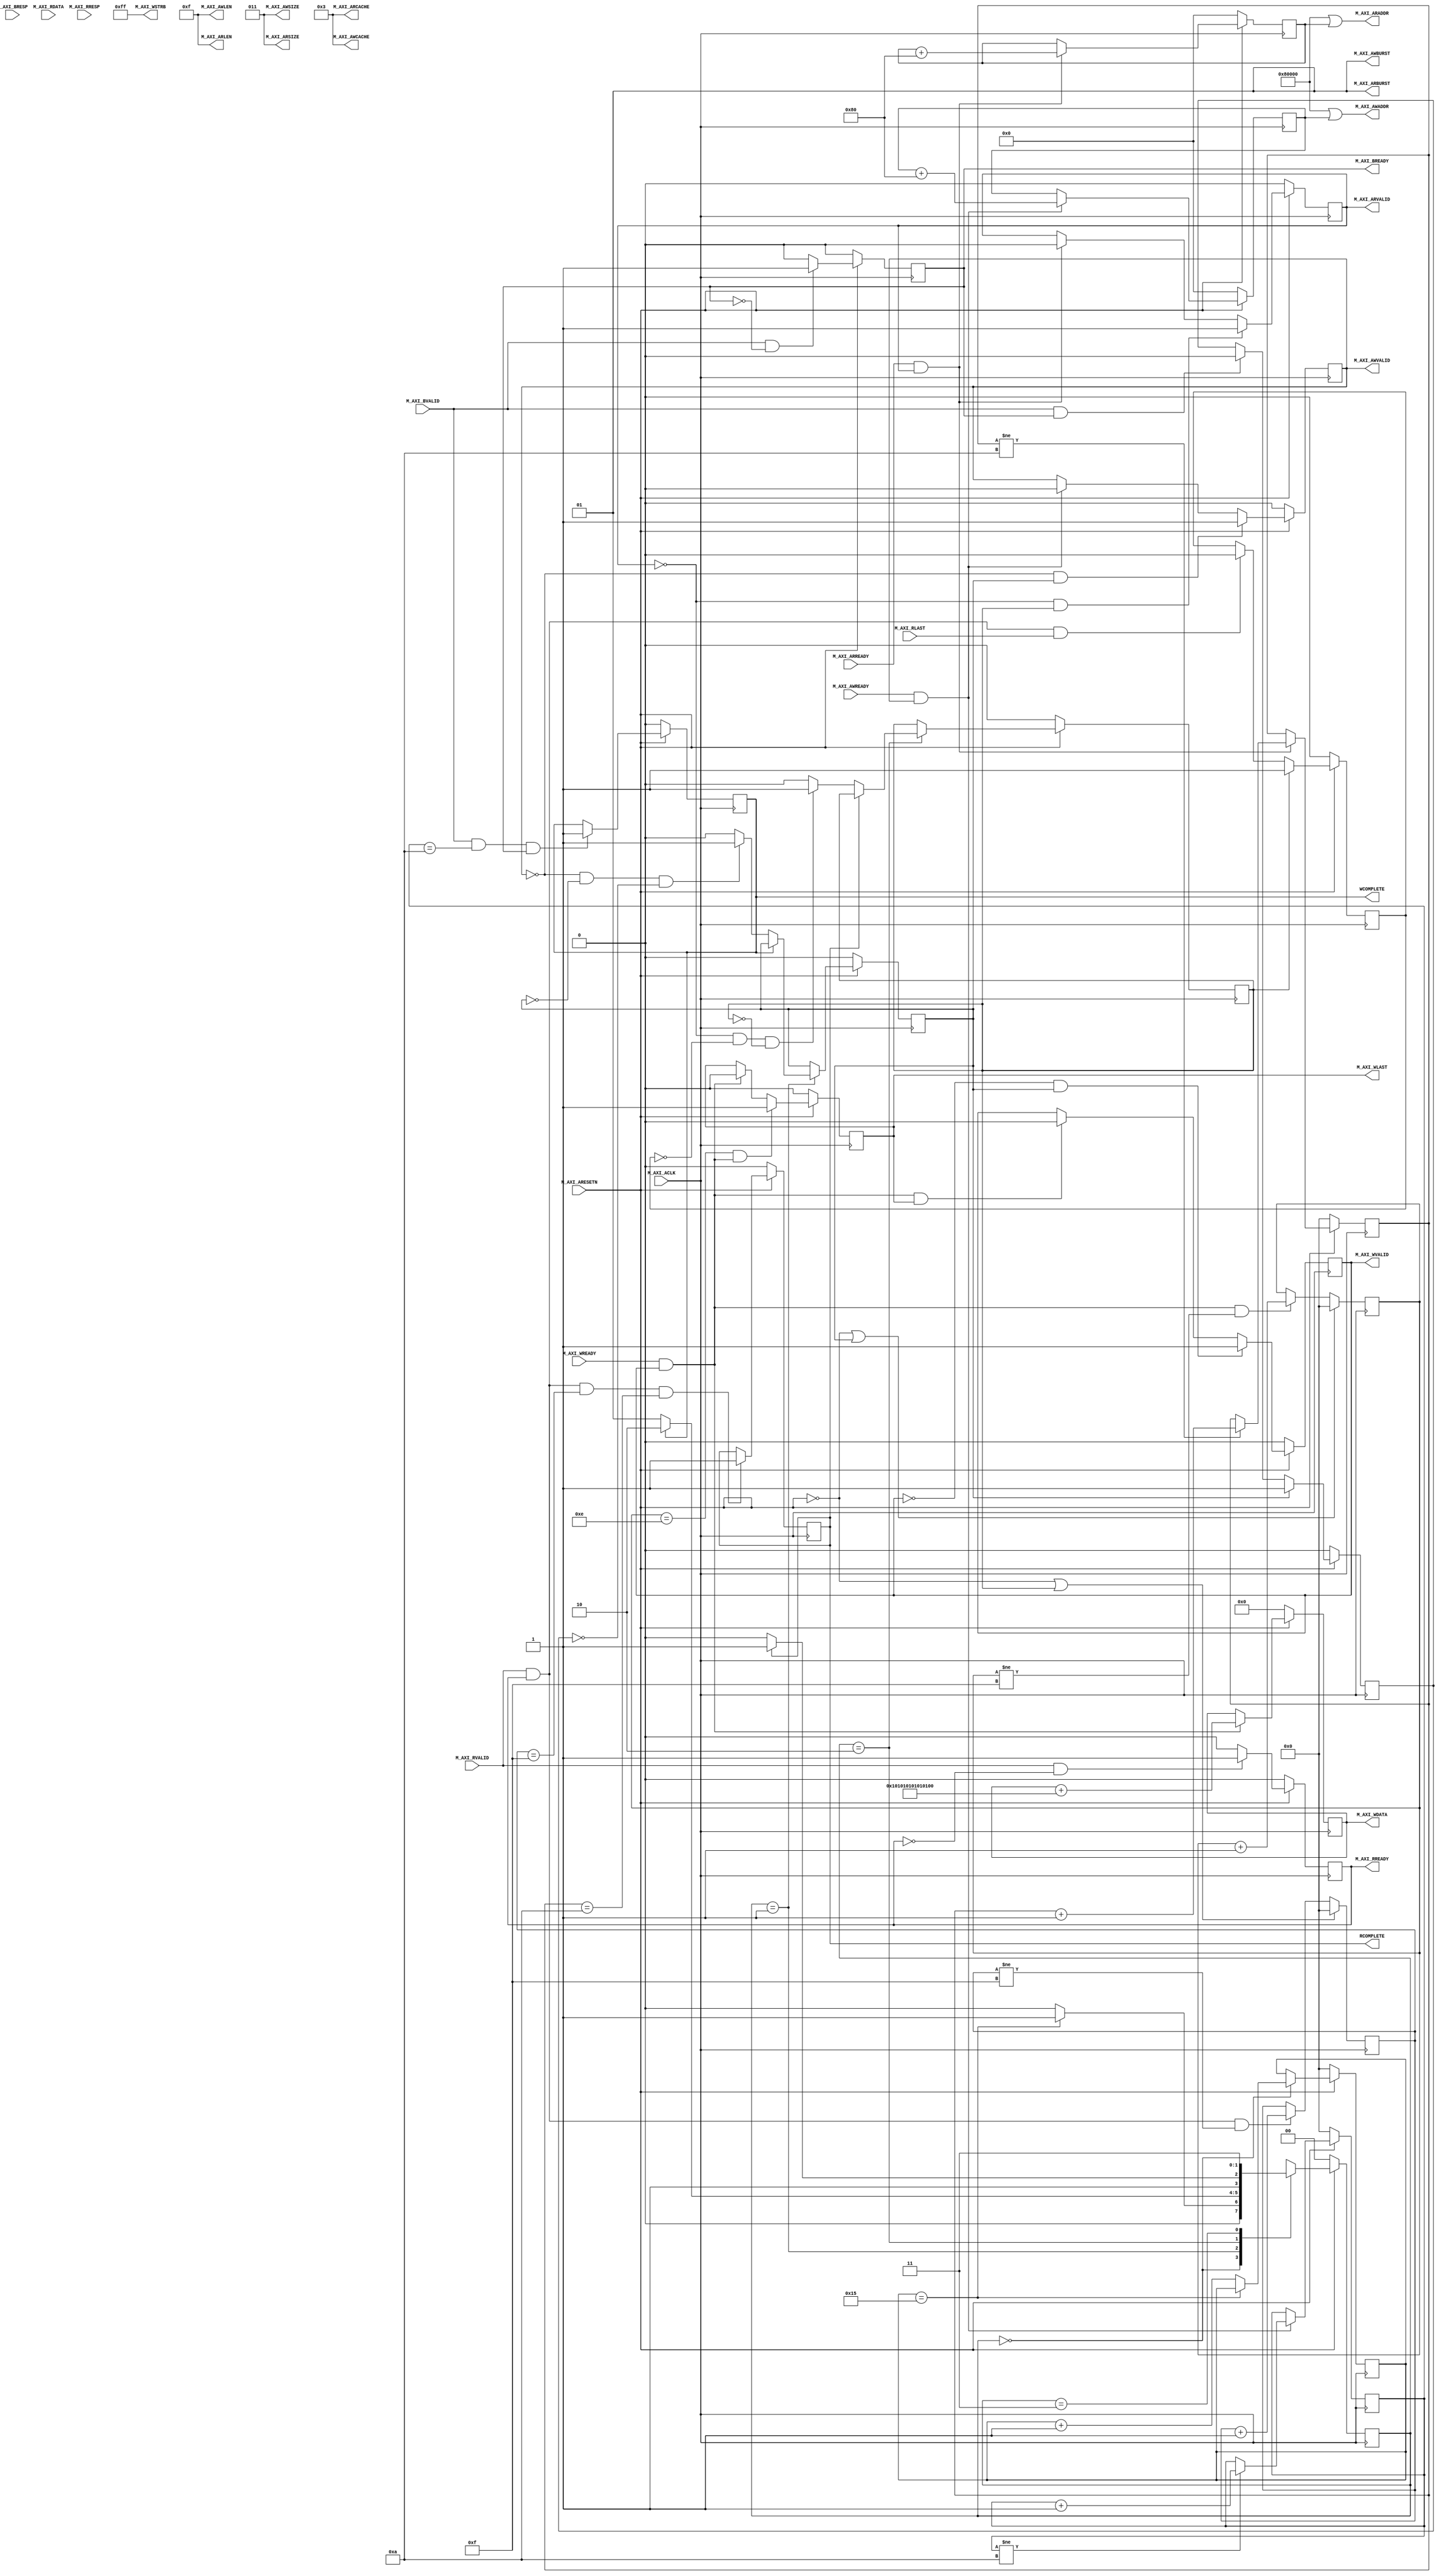
////////////////////////////////////////////////////////////////////////////
//-- (c) Copyright 2012 - 2013 Xilinx, Inc. All rights reserved.
//--
//-- This file contains confidential and proprietary information
//-- of Xilinx, Inc. and is protected under U.S. and
//-- international copyright and other intellectual property
//-- laws.
//--
//-- DISCLAIMER
//-- This disclaimer is not a license and does not grant any
//-- rights to the materials distributed herewith. Except as
//-- otherwise provided in a valid license issued to you by
//-- Xilinx, and to the maximum extent permitted by applicable
//-- law: (1) THESE MATERIALS ARE MADE AVAILABLE "AS IS" AND
//-- WITH ALL FAULTS, AND XILINX HEREBY DISCLAIMS ALL WARRANTIES
//-- AND CONDITIONS, EXPRESS, IMPLIED, OR STATUTORY, INCLUDING
//-- BUT NOT LIMITED TO WARRANTIES OF MERCHANTABILITY, NON-
//-- INFRINGEMENT, OR FITNESS FOR ANY PARTICULAR PURPOSE; and
//-- (2) Xilinx shall not be liable (whether in contract or tort,
//-- including negligence, or under any other theory of
//-- liability) for any loss or damage of any kind or nature
//-- related to, arising under or in connection with these
//-- materials, including for any direct, or any indirect,
//-- special, incidental, or consequential loss or damage
//-- (including loss of data, profits, goodwill, or any type of
//-- loss or damage suffered as a result of any action brought
//-- by a third party) even if such damage or loss was
//-- reasonably foreseeable or Xilinx had been advised of the
//-- possibility of the same.
//--
//-- CRITICAL APPLICATIONS
//-- Xilinx products are not designed or intended to be fail-
//-- safe, or for use in any application requiring fail-safe
//-- performance, such as life-support or safety devices or
//-- systems, Class III medical devices, nuclear facilities,
//-- applications related to the deployment of airbags, or any
//-- other applications that could lead to death, personal
//-- injury, or severe property or environmental damage
//-- (individually and collectively, "Critical
//-- Applications"). Customer assumes the sole risk and
//-- liability of any use of Xilinx products in Critical
//-- Applications, subject only to applicable laws and
//-- regulations governing limitations on product liability.
//--
//-- THIS COPYRIGHT NOTICE AND DISCLAIMER MUST BE RETAINED AS
//-- PART OF THIS FILE AT ALL TIMES.
////////////////////////////////////////////////////////////////////////////
//
// AXI4 Master Example
//
// The purpose of this design is to provide a high-throughput AXI4 example
// and AXI4 throughput demonstration.
//
// The example user application performs a simple memory
// test through continuous burst writes to memory, followed by burst
// reads.
//
// To modify this example for other applications, edit/remove the logic
// associated with the 'Example' section comments. For clarity, most
// transfer qualifiers are left as constants, but can be easily added
// to their associated channels.
//
////////////////////////////////////////////////////////////////////////////
`timescale 1ns/1ps

`define C_M_AXI_ADDR_WIDTH 40

module axi_master #(
  ////////////////////////////////////////////////////////////////////////////
  // Transaction number is the number of write and read transactions the master
  // will perform as a part of this example memory test.
  parameter integer C_TRANSACTIONS_NUM        = 10,

  ////////////////////////////////////////////////////////////////////////////
  // Supports 1, 2, 4, 8, 16, 32, 64, 128, 256 burst lengths
  parameter integer  C_BURST_LEN        = 16,
  parameter integer  C_M_AXI_DATA_WIDTH       = 64
) (
  ////////////////////////////////////////////////////////////////////////////
  // Asserts when write transactions are complete
  output wire WCOMPLETE,
  ////////////////////////////////////////////////////////////////////////////
  // Asserts when read transactions are complete
  output wire RCOMPLETE,
  ////////////////////////////////////////////////////////////////////////////
  // System Signals
  input wire M_AXI_ACLK,
  input wire M_AXI_ARESETN,

  ////////////////////////////////////////////////////////////////////////////
  // Master Interface Write Address
  output wire [`C_M_AXI_ADDR_WIDTH-1:0]      M_AXI_AWADDR,
  output wire [7:0] M_AXI_AWLEN,
  output wire [2:0] M_AXI_AWSIZE,
  output wire [1:0] M_AXI_AWBURST,
  output wire [3:0] M_AXI_AWCACHE,

  output wire M_AXI_AWVALID,
  input  wire M_AXI_AWREADY,

  ////////////////////////////////////////////////////////////////////////////
  // Master Interface Write Data
  output wire [C_M_AXI_DATA_WIDTH-1:0]      M_AXI_WDATA,
  output wire [C_M_AXI_DATA_WIDTH/8-1:0]    M_AXI_WSTRB,
  output wire M_AXI_WLAST,
  output wire M_AXI_WVALID,
  input  wire M_AXI_WREADY,

  ////////////////////////////////////////////////////////////////////////////
  // Master Interface Write Response
  input  wire [1:0] M_AXI_BRESP,
  input  wire M_AXI_BVALID,
  output wire M_AXI_BREADY,

  ////////////////////////////////////////////////////////////////////////////
  // Master Interface Read Address
  output wire [`C_M_AXI_ADDR_WIDTH-1:0]      M_AXI_ARADDR,
  output wire [7:0] M_AXI_ARLEN,
  output wire [2:0] M_AXI_ARSIZE,
  output wire [1:0] M_AXI_ARBURST,
  output wire [3:0] M_AXI_ARCACHE,

  output wire M_AXI_ARVALID,
  input  wire M_AXI_ARREADY,

  ////////////////////////////////////////////////////////////////////////////
  // Master Interface Read Data
  input  wire [C_M_AXI_DATA_WIDTH-1:0]      M_AXI_RDATA,
  input  wire [1:0] M_AXI_RRESP,
  input  wire M_AXI_RLAST,
  input  wire M_AXI_RVALID,
  output wire M_AXI_RREADY
);

////////////////////////////////////////////////////////////////////////////
// Base address of targeted slave
localparam  LP_TARGET_SLAVE_BASE_ADDR = `C_M_AXI_ADDR_WIDTH'h80000;

////////////////////////////////////////////////////////////////////////////
// Master waits for LP_START_COUNT number of clock cycles
// before initiating a write transaction
localparam integer  LP_START_COUNT            = 22;

////////////////////////////////////////////////////////////////////////////
// AXI4 internal temp signals
reg [`C_M_AXI_ADDR_WIDTH-1:0] axi_awaddr;
reg axi_awvalid;
reg [C_M_AXI_DATA_WIDTH-1:0] axi_wdata;
reg axi_wlast;
reg axi_wvalid;
reg axi_bready;
reg [`C_M_AXI_ADDR_WIDTH-1:0] axi_araddr;
reg axi_arvalid;
reg axi_rready;

////////////////////////////////////////////////////////////////////////////
// function called clogb2 that returns an integer which has the
// value of the ceiling of the log base 2.
function integer clogb2 (input integer bd);
integer bit_depth;
begin
  bit_depth = bd;
  for(clogb2=0; bit_depth>0; clogb2=clogb2+1)
    bit_depth = bit_depth >> 1;
  end
endfunction

////////////////////////////////////////////////////////////////////////////
// Example user application signals
localparam integer LP_WAIT_COUNT_BITS = clogb2(LP_START_COUNT-1);
reg  [LP_WAIT_COUNT_BITS-1:0] wait_counter;

localparam integer LP_BEAT_NUM = clogb2(C_BURST_LEN-1);
////////////////////////////////////////////////////////////////////////////
// write beat count in a burst
reg [LP_BEAT_NUM:0] write_index;
////////////////////////////////////////////////////////////////////////////
// read beat count in a burst
reg [LP_BEAT_NUM:0] read_index;

////////////////////////////////////////////////////////////////////////////
// total number of burst transfers is master length divided by burst length and burst size
localparam integer LP_NUMBER_BURSTS_REQ = clogb2(C_TRANSACTIONS_NUM);

////////////////////////////////////////////////////////////////////////////
// The burst counters are used to track the number of burst transfers of
// C_BURST_LEN burst length needed to transfer 2^C_M_AXI_MASTER_LENGTH bytes of data
reg  [LP_NUMBER_BURSTS_REQ : 0] write_burst_counter;
reg  [LP_NUMBER_BURSTS_REQ : 0] read_burst_counter;

reg start_single_burst_write;
reg start_single_burst_read;
(* mark_debug = "true" *)   reg writes_done;
(* mark_debug = "true" *)   reg reads_done;
(* mark_debug = "true" *)   reg error_reg;
(* mark_debug = "true" *)   reg compare_done;
(* mark_debug = "true" *)   reg read_mismatch;
reg burst_write_active;
reg burst_read_active;

reg [C_M_AXI_DATA_WIDTH-1:0] expected_rdata;

////////////////////////////////////////////////////////////////////////////
// Interface response error flags
wire write_resp_error;
wire read_resp_error;

wire wnext;
wire rnext;

////////////////////////////////////////////////////////////////////////////
// Example State machine to initialize counter, initialize write transactions,
// initialize read transactions and comparison of read data with the
// written data words.
localparam  [1:0] INIT_COUNTER = 2'b00, // This state initializes the counter, ones
                                        // the counter reaches LP_START_COUNT count,
                                        // the state machine changes state to INIT_WRITE
                  INIT_WRITE  = 2'b01,  // This state initializes write transaction,
                                        // once writes are done, the state machine
                                        // changes state to INIT_READ
                  INIT_READ  = 2'b10,   // This state initializes read transaction
                                        // once reads are done, the state machine
                                        // changes state to INIT_COMPARE
                  INIT_COMPARE = 2'b11; // This state issues the status of comparison
                                        // of the written data with the read data
reg [1:0] mst_exec_state;

////////////////////////////////////////////////////////////////////////////
//I/O Connections
////////////////////////////////////////////////////////////////////////////
//Write Address (AW)

////////////////////////////////////////////////////////////////////////////
// The AXI address is a concatenation of the target base address + active offset range
assign M_AXI_AWADDR = LP_TARGET_SLAVE_BASE_ADDR | axi_awaddr;

////////////////////////////////////////////////////////////////////////////
//Burst LENgth is number of transaction beats, minus 1
assign M_AXI_AWLEN = C_BURST_LEN - 1;

////////////////////////////////////////////////////////////////////////////
// Size should be C_M_AXI_DATA_WIDTH, in 2^SIZE bytes, otherwise narrow bursts are used
assign M_AXI_AWSIZE = clogb2((C_M_AXI_DATA_WIDTH/8)-1);

////////////////////////////////////////////////////////////////////////////
// INCR burst type is usually used, except for keyhole bursts
assign M_AXI_AWBURST = 2'b01;
assign M_AXI_AWCACHE = 4'b0011;
assign M_AXI_AWVALID = axi_awvalid;

////////////////////////////////////////////////////////////////////////////
//Write Data(W)
assign M_AXI_WDATA = axi_wdata;

////////////////////////////////////////////////////////////////////////////
//All bursts are complete and aligned in this example
assign M_AXI_WSTRB = {(C_M_AXI_DATA_WIDTH/8){1'b1}};
assign M_AXI_WLAST = axi_wlast;
assign M_AXI_WVALID = axi_wvalid;

////////////////////////////////////////////////////////////////////////////
//Write Response (B)
assign M_AXI_BREADY = axi_bready;

////////////////////////////////////////////////////////////////////////////
//Read Address (AR)
assign M_AXI_ARADDR = LP_TARGET_SLAVE_BASE_ADDR | axi_araddr;

////////////////////////////////////////////////////////////////////////////
//Burst LENgth is number of transaction beats, minus 1
assign M_AXI_ARLEN = C_BURST_LEN - 1;

////////////////////////////////////////////////////////////////////////////
// Size should be C_M_AXI_DATA_WIDTH, in 2^n bytes, otherwise narrow bursts are used
assign M_AXI_ARSIZE = clogb2((C_M_AXI_DATA_WIDTH/8)-1);

////////////////////////////////////////////////////////////////////////////
// INCR burst type is usually used, except for keyhole bursts
assign M_AXI_ARBURST = 2'b01;
assign M_AXI_ARCACHE = 4'b0011;
assign M_AXI_ARVALID = axi_arvalid;

////////////////////////////////////////////////////////////////////////////
//Read and Read Response (R)
assign M_AXI_RREADY = axi_rready;

////////////////////////////////////////////////////////////////////////////
//Example design I/O
assign DATA_MATCH = compare_done;

////////////////////////////////////////////////////////////////////////////
//Write Address Channel
//
// The purpose of the write address channel is to request the address and
// command information for the entire transaction.  It is a single beat
// of data for each burst.
//
// The AXI4 Write address channel in this example will continue to initiate
// write commands as fast as it is allowed by the slave/interconnect.
  always @(posedge M_AXI_ACLK)
  begin

    if (M_AXI_ARESETN == 0 )
      begin
        axi_awvalid <= 1'b0;
      end
    // If previously not valid , start next transaction
    else if (~axi_awvalid && start_single_burst_write)
      begin
        axi_awvalid <= 1'b1;
      end
    /* Once asserted, VALIDs cannot be deasserted, so axi_awvalid
    must wait until transaction is accepted */
    else if (M_AXI_AWREADY && axi_awvalid)
      begin
        axi_awvalid <= 1'b0;
      end
    else
      axi_awvalid <= axi_awvalid;
    end


////////////////////////////////////////////////////////////////////////////
// Next address after AWREADY indicates previous address acceptance
  always @(posedge M_AXI_ACLK)
  begin
    if (M_AXI_ARESETN == 0)
      begin
        axi_awaddr <= 'b0;
      end
    else if (M_AXI_AWREADY && axi_awvalid)
      begin
        axi_awaddr <= axi_awaddr + (C_M_AXI_DATA_WIDTH/8) * C_BURST_LEN;
      end
    else
      axi_awaddr <= axi_awaddr;
    end

////////////////////////////////////////////////////////////////////////////
//Write Data Channel
//
// The write data will continually try to push write data across the interface.
//
// The amount of data accepted will depend on the AXI slave and the AXI
// Interconnect settings, such as if there are FIFOs enabled in interconnect.
//
// Note that there is no explicit timing relationship to the write address channel.
// The write channel has its own throttling flag, separate from the AW channel.
//
// Synchronization between the channels must be determined by the user.
//
// The simpliest but lowest performance would be to only issue one address write
// and write data burst at a time.
//
// In this example they are kept in sync by using the same address increment
// and burst sizes. Then the AW and W channels have their transactions measured
// with threshold counters as part of the user logic, to make sure neither
// channel gets too far ahead of each other.

////////////////////////////////////////////////////////////////////////////
// Forward movement occurs when the write channel is valid and ready
assign wnext = M_AXI_WREADY & axi_wvalid;

////////////////////////////////////////////////////////////////////////////
// WVALID logic, similar to the axi_awvalid always block above
  always @(posedge M_AXI_ACLK)
  begin
    if (M_AXI_ARESETN == 0 )
      begin
        axi_wvalid <= 1'b0;
      end
    // If previously not valid, start next transaction
    else if (~axi_wvalid && start_single_burst_write)
      begin
        axi_wvalid <= 1'b1;
      end
    ////////////////////////////////////////////////////////////////////////////
    // If WREADY and too many writes, throttle WVALID
    // Once asserted, VALIDs cannot be deasserted, so WVALID
    // must wait until burst is complete with WLAST
    else if (wnext && axi_wlast)
      axi_wvalid <= 1'b0;
    else
      axi_wvalid <= axi_wvalid;
  end


////////////////////////////////////////////////////////////////////////////
//WLAST generation on the MSB of a counter underflow
// WVALID logic, similar to the axi_awvalid always block above
  always @(posedge M_AXI_ACLK)
  begin
    if (M_AXI_ARESETN == 0 )
      begin
        axi_wlast <= 1'b0;
      end
    ////////////////////////////////////////////////////////////////////////////
    // axi_wlast is asserted when the write index
    // count reaches the penultimate count to synchronize
    // with the last write data when write_index is b1111
    // else if (&(write_index[LP_BEAT_NUM-1:1])&& ~write_index[0] && wnext)
    else if (((write_index == C_BURST_LEN-2 && C_BURST_LEN >= 2) && wnext) || (C_BURST_LEN == 1 ))
      begin
        axi_wlast <= 1'b1;
      end
    // Deassrt axi_wlast when the last write data has been
    // accepted by the slave with a valid response
    else if (wnext)
      axi_wlast <= 1'b0;
    else if (axi_wlast && C_BURST_LEN == 1)
      axi_wlast <= 1'b0;
    else
      axi_wlast <= axi_wlast;
  end

////////////////////////////////////////////////////////////////////////////
// Burst length counter. Uses extra counter register bit to indicate terminal
// count to reduce decode logic
  always @(posedge M_AXI_ACLK)
  begin
    if (M_AXI_ARESETN == 0 || start_single_burst_write)
      begin
        write_index <= 0;
      end
    else if (wnext && (write_index != C_BURST_LEN-1))
      begin
        write_index <= write_index + 1;
      end
    else
      write_index <= write_index;
  end

////////////////////////////////////////////////////////////////////////////
// Write Data Generator
// Data pattern is only a simple incrementing count from 0 for each burst
  always @(posedge M_AXI_ACLK)
  begin
    if (M_AXI_ARESETN == 0)
      axi_wdata <= 'b0;
    else if (wnext)
      axi_wdata <= axi_wdata + {(C_M_AXI_DATA_WIDTH/8){8'b01}};
    else
      axi_wdata <= axi_wdata;
    end

////////////////////////////////////////////////////////////////////////////
//Write Response (B) Channel
//
// The write response channel provides feedback that the write has committed
// to memory. BREADY will occur when all of the data and the write address
// has arrived and been accepted by the slave.
//
// The write issuance (number of outstanding write addresses) is started by
// the Address Write transfer, and is completed by a BREADY/BRESP.
//
// While negating BREADY will eventually throttle the AWREADY signal,
// it is best not to throttle the whole data channel this way.
//
// The BRESP bit [1] is used indicate any errors from the interconnect or
// slave for the entire write burst. This example will capture the error
// into the ERROR output.

  always @(posedge M_AXI_ACLK)
  begin
    if (M_AXI_ARESETN == 0 )
      begin
        axi_bready <= 1'b0;
      end
    // accept/acknowledge bresp with axi_bready by the master
    // when M_AXI_BVALID is asserted by slave
    else if (M_AXI_BVALID && ~axi_bready)
      begin
        axi_bready <= 1'b1;
      end
    // deassert after one clock cycle
    else if (axi_bready)
      begin
        axi_bready <= 1'b0;
      end
    // retain the previous value
    else
      axi_bready <= axi_bready;
  end


////////////////////////////////////////////////////////////////////////////
//Flag any write response errors
assign write_resp_error = axi_bready & M_AXI_BVALID & M_AXI_BRESP[1];

////////////////////////////////////////////////////////////////////////////
//Read Address Channel
//
// The Read Address Channel (AW) provides a similar function to the
// Write Address channel- to provide the tranfer qualifiers for the
// burst.
//
// In this example, the read address increments in the same
// manner as the write address channel.

  always @(posedge M_AXI_ACLK)
  begin

    if (M_AXI_ARESETN == 0 )
      begin
        axi_arvalid <= 1'b0;
      end
    // If previously not valid , start next transaction
    else if (~axi_arvalid && start_single_burst_read)
      begin
        axi_arvalid <= 1'b1;
      end
    else if (M_AXI_ARREADY && axi_arvalid)
      begin
        axi_arvalid <= 1'b0;
      end
    else
      axi_arvalid <= axi_arvalid;
  end


////////////////////////////////////////////////////////////////////////////
// Next address after ARREADY indicates previous address acceptance
  always @(posedge M_AXI_ACLK)
  begin
    if (M_AXI_ARESETN == 0)
      begin
        axi_araddr <= 'b0;
      end
    else if (M_AXI_ARREADY && axi_arvalid)
      begin
        axi_araddr <= axi_araddr + + (C_M_AXI_DATA_WIDTH/8) * C_BURST_LEN;
      end
    else
      axi_araddr <= axi_araddr;
  end


////////////////////////////////////////////////////////////////////////////
//Read Data (and Response) Channel

// Forward movement occurs when the channel is valid and ready
assign rnext = M_AXI_RVALID && axi_rready;

////////////////////////////////////////////////////////////////////////////
// Burst length counter. Uses extra counter register bit to indicate terminal
// count to reduce decode logic
  always @(posedge M_AXI_ACLK)
  begin
    if (M_AXI_ARESETN == 0 || start_single_burst_read)
      begin
        read_index <= 0;
      end
    else if (rnext && (read_index != C_BURST_LEN-1))
      begin
        read_index <= read_index + 1;
      end
    else
      read_index <= read_index;
  end


////////////////////////////////////////////////////////////////////////////
// The Read Data channel returns the results of the read request
//
// In this example the data checker is always able to accept
// more data, so no need to throttle the RREADY signal

  always @(posedge M_AXI_ACLK)
  begin
    if (M_AXI_ARESETN == 0 )
      begin
        axi_rready <= 1'b0;
      end
    // accept/acknowledge rdata/rresp with axi_rready by the master
    // when M_AXI_RVALID is asserted by slave
    else if (M_AXI_RVALID && ~axi_rready)
      begin
        axi_rready <= 1'b1;
      end
    // deassert after one clock cycle
    else if (axi_rready)
      begin
        axi_rready <= 1'b0;
      end
    // retain the previous value
  end

////////////////////////////////////////////////////////////////////////////
//Check received read data against data generator
  always @(posedge M_AXI_ACLK)
  begin
    if (M_AXI_ARESETN == 0)
      begin
        read_mismatch <= 1'b0;
      end
    //Only check data when RVALID is active
    else if (rnext && (M_AXI_RDATA != expected_rdata))
      begin
        read_mismatch <= 1'b1;
      end
    else
      read_mismatch <= 1'b0;
  end

////////////////////////////////////////////////////////////////////////////
//Flag any read response errors
assign read_resp_error = axi_rready & M_AXI_RVALID & M_AXI_RRESP[1];

////////////////////////////////////////////////////////////////////////////
//Example design read check data generator
//Generate expected read data to check against actual read data
always @(posedge M_AXI_ACLK)
begin
  if (M_AXI_ARESETN == 0)// || M_AXI_RLAST)
    expected_rdata <= {C_M_AXI_DATA_WIDTH{1'b0}};
  else if (M_AXI_RVALID && axi_rready)
    expected_rdata <= expected_rdata + {(C_M_AXI_DATA_WIDTH/8){8'h01}};
  else
    expected_rdata <= expected_rdata;
  end

////////////////////////////////////////////////////////////////////////////
//Example design error register
//
// Register and hold any data mismatches, or read/write interface errors
  always @(posedge M_AXI_ACLK)
  begin
    if (M_AXI_ARESETN == 0)
      begin
        error_reg <= 1'b0;
      end
    else if (read_mismatch || write_resp_error || read_resp_error)
      begin
        error_reg <= 1'b1;
      end
    else
      error_reg <= error_reg;
  end

////////////////////////////////////////////////////////////////////////////
//Example design throttling

// For maximum port throughput, this user example code will try to allow
// each channel to run as independently and as quickly as possible.
//
// However, there are times when the flow of data needs to be throtted by
// the user application. This example application requires that data is
// not read before it is written and that the write channels do not
// advance beyond an arbitrary threshold (say to prevent an
// overrun of the current read address by the write address).
//
// From AXI4 Specification, 13.13.1: "If a master requires ordering between
// read and write transactions, it must ensure that a response is received
// for the previous transaction before issuing the next transaction."
//
// This example accomplishes this user application throttling through:
// -Reads wait for writes to fully complete
// -Address writes wait when not read + issued transaction counts pass
// a parameterized threshold
// -Writes wait when a not read + active data burst count pass
// a parameterized threshold


////////////////////////////////////////////////////////////////////////////
// write_burst_counter counter keeps track with the number of burst transaction initiated
// against the number of burst transactions the master needs to initiate
  always @(posedge M_AXI_ACLK)
  begin
    if (M_AXI_ARESETN == 0)
      begin
        write_burst_counter <= 'b0;
      end
    else if (M_AXI_AWREADY && axi_awvalid)
      begin
        if (write_burst_counter != C_TRANSACTIONS_NUM)
          begin
            write_burst_counter <= write_burst_counter + 1'b1;
          end
      end
    else
      write_burst_counter <= write_burst_counter;
  end

////////////////////////////////////////////////////////////////////////////
// read_burst_counter counter keeps track with the number of burst transaction initiated
// against the number of burst transactions the master needs to initiate
  always @(posedge M_AXI_ACLK)
  begin
    if (M_AXI_ARESETN == 0)
      begin
        read_burst_counter <= 'b0;
      end
    else if (M_AXI_ARREADY && axi_arvalid)
      begin
        if (read_burst_counter != C_TRANSACTIONS_NUM)
          begin
            read_burst_counter <= read_burst_counter + 1'b1;
          end
      end
    else
      read_burst_counter <= read_burst_counter;
  end


////////////////////////////////////////////////////////////////////////////
//implement master command interface state machine

  always @ ( posedge M_AXI_ACLK)
  begin
    if (M_AXI_ARESETN == 1'b0 )
      begin
        // reset condition
        // All the signals are assigned default values under reset condition
        mst_exec_state      <= INIT_COUNTER;
        wait_counter      <= 0;
        start_single_burst_write <= 1'b0;
        start_single_burst_read  <= 1'b0;
        compare_done      <= 1'b0;
      end
    else
      begin

        // state transition
        case (mst_exec_state)

          INIT_COUNTER:
            // This state is responsible to wait for user defined LP_START_COUNT
            // number of clock cycles.
            if ( wait_counter == LP_START_COUNT - 1 )
              begin
                mst_exec_state  <= INIT_WRITE;
              end
            else
              begin
                wait_counter <= wait_counter + 1;
                mst_exec_state  <= INIT_COUNTER;
              end

          INIT_WRITE:
            // This state is responsible to issue start_single_write pulse to
            // initiate a write transaction. Write transactions will be
            // issued until burst_write_active signal is asserted.
            // write controller
            if (writes_done)
              begin
                mst_exec_state <= INIT_READ;//
              end
            else
              begin
                mst_exec_state  <= INIT_WRITE;

                if (~axi_awvalid && ~start_single_burst_write && ~burst_write_active)
                  begin
                    start_single_burst_write <= 1'b1;
                  end
                else
                  begin
                    start_single_burst_write <= 1'b0; //Negate to generate a pulse
                  end
              end

          INIT_READ:
            // This state is responsible to issue start_single_read pulse to
            // initiate a read transaction. Read transactions will be
            // issued until burst_read_active signal is asserted.
            // read controller
            if (reads_done)
              begin
                mst_exec_state <= INIT_COMPARE;
              end
            else
              begin
                mst_exec_state  <= INIT_READ;

                if (~axi_arvalid && ~burst_read_active && ~start_single_burst_read)
                  begin
                    start_single_burst_read <= 1'b1;
                  end
               else
                 begin
                   start_single_burst_read <= 1'b0; //Negate to generate a pulse
                 end
              end

          INIT_COMPARE:
            // This state is responsible to issue the state of comparison
            // of written data with the read data. If no error flags are set,
            // compare_done signal will be asseted to indicate success.
            //if (~error_reg)
            begin
              mst_exec_state <= INIT_COMPARE;
              compare_done <= 1'b1;
            end
          default :
            begin
              mst_exec_state  <= INIT_COUNTER;
            end
        endcase
      end
  end //MASTER_EXECUTION_PROC


////////////////////////////////////////////////////////////////////////////
// burst_write_active signal is asserted when there is a burst write transaction
// is initiated by the assertion of start_single_burst_write. burst_write_active
// signal remains asserted until the burst write is accepted by the slave
  always @(posedge M_AXI_ACLK)
  begin
    if (M_AXI_ARESETN == 0)
      burst_write_active <= 1'b0;

    //The burst_write_active is asserted when a write burst transaction is initiated
    else if (start_single_burst_write)
      burst_write_active <= 1'b1;
    else if (M_AXI_BVALID && axi_bready)
      burst_write_active <= 0;
  end

////////////////////////////////////////////////////////////////////////////
// Check for last write completion.
//
// This logic is to qualify the last write count with the final write
// response. This demonstrates how to confirm that a write has been
// committed.

  always @(posedge M_AXI_ACLK)
  begin
    if (M_AXI_ARESETN == 0)
      writes_done <= 1'b0;

    //The writes_done should be associated with a bready response
    else if (M_AXI_BVALID && (write_burst_counter == C_TRANSACTIONS_NUM) && axi_bready)
      writes_done <= 1'b1;
    else
      writes_done <= writes_done;
    end

////////////////////////////////////////////////////////////////////////////
// burst_read_active signal is asserted when there is a burst write transaction
// is initiated by the assertion of start_single_burst_write. start_single_burst_read
// signal remains asserted until the burst read is accepted by the master
  always @(posedge M_AXI_ACLK)
  begin
    if (M_AXI_ARESETN == 0)
      burst_read_active <= 1'b0;

    //The burst_write_active is asserted when a write burst transaction is initiated
    else if (start_single_burst_read)
      burst_read_active <= 1'b1;
    else if (M_AXI_RVALID && axi_rready && M_AXI_RLAST)
      burst_read_active <= 0;
    end

////////////////////////////////////////////////////////////////////////////
// Check for last read completion.
//
// This logic is to qualify the last read count with the final read
// response. This demonstrates how to confirm that a read has been
// committed.

  always @(posedge M_AXI_ACLK)
  begin
    if (M_AXI_ARESETN == 0)
      reads_done <= 1'b0;

    //The reads_done should be associated with a rready response
    else if (M_AXI_RVALID && axi_rready && (read_index == C_BURST_LEN-1) && (read_burst_counter == C_TRANSACTIONS_NUM))
      reads_done <= 1'b1;
    else
      reads_done <= reads_done;
    end


////////////////////////////////////////////////////////////////////////////
//Example design I/O
assign WCOMPLETE  = writes_done;
assign RCOMPLETE  = reads_done;

endmodule